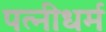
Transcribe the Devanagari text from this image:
पत्‍नीधर्म